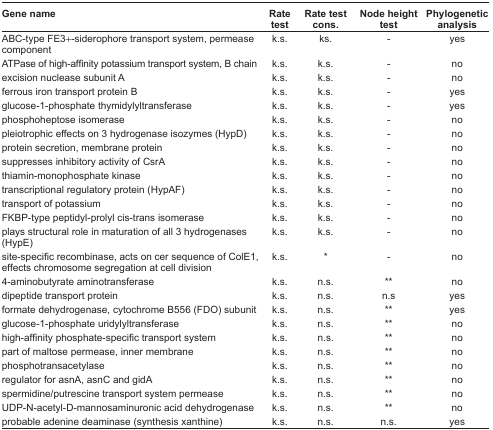
<table><thead><tr><td><b>Gene name</b></td><td><b>Rate test</b></td><td><b>Rate test cons.</b></td><td><b>Node height test</b></td><td><b>Phylogenetic analysis</b></td></tr></thead><tbody><tr><td>ABC-type FE3+-siderophore transport system, permease component</td><td>k.s.</td><td>ks.</td><td>-</td><td>yes</td></tr><tr><td>ATPase of high-affinity potassium transport system, B chain</td><td>k.s.</td><td>k.s.</td><td>-</td><td>no</td></tr><tr><td>excision nuclease subunit A</td><td>k.s.</td><td>k.s.</td><td>-</td><td>no</td></tr><tr><td>ferrous iron transport protein B</td><td>k.s.</td><td>k.s.</td><td>-</td><td>yes</td></tr><tr><td>glucose-1-phosphate thymidylyltransferase</td><td>k.s.</td><td>k.s.</td><td>-</td><td>yes</td></tr><tr><td>phosphoheptose isomerase</td><td>k.s.</td><td>k.s.</td><td>-</td><td>no</td></tr><tr><td>pleiotrophic effects on 3 hydrogenase isozymes (HypD)</td><td>k.s.</td><td>k.s.</td><td>-</td><td>no</td></tr><tr><td>protein secretion, membrane protein</td><td>k.s.</td><td>k.s.</td><td>-</td><td>no</td></tr><tr><td>suppresses inhibitory activity of CsrA</td><td>k.s.</td><td>k.s.</td><td>-</td><td>no</td></tr><tr><td>thiamin-monophosphate kinase</td><td>k.s.</td><td>k.s.</td><td>-</td><td>no</td></tr><tr><td>transcriptional regulatory protein (HypAF)</td><td>k.s.</td><td>k.s.</td><td>-</td><td>no</td></tr><tr><td>transport of potassium</td><td>k.s.</td><td>k.s.</td><td>-</td><td>no</td></tr><tr><td>FKBP-type peptidyl-prolyl cis-trans isomerase</td><td>k.s.</td><td>k.s.</td><td>-</td><td>no</td></tr><tr><td>plays structural role in maturation of all 3 hydrogenases (HypE)</td><td>k.s.</td><td>k.s.</td><td>-</td><td>no</td></tr><tr><td>site-specific recombinase, acts on cer sequence of ColE1, effects chromosome segregation at cell division</td><td>k.s.</td><td>*</td><td>-</td><td>no</td></tr><tr><td>4-aminobutyrate aminotransferase</td><td>k.s.</td><td>n.s.</td><td>**</td><td>no</td></tr><tr><td>dipeptide transport protein</td><td>k.s.</td><td>n.s.</td><td>n.s</td><td>yes</td></tr><tr><td>formate dehydrogenase, cytochrome B556 (FDO) subunit</td><td>k.s.</td><td>n.s.</td><td>**</td><td>yes</td></tr><tr><td>glucose-1-phosphate uridylyltransferase</td><td>k.s.</td><td>n.s.</td><td>**</td><td>no</td></tr><tr><td>high-affinity phosphate-specific transport system</td><td>k.s.</td><td>n.s.</td><td>**</td><td>no</td></tr><tr><td>part of maltose permease, inner membrane</td><td>k.s.</td><td>n.s.</td><td>**</td><td>no</td></tr><tr><td>phosphotransacetylase</td><td>k.s.</td><td>n.s.</td><td>**</td><td>no</td></tr><tr><td>regulator for asnA, asnC and gidA</td><td>k.s.</td><td>n.s.</td><td>**</td><td>no</td></tr><tr><td>spermidine/putrescine transport system permease</td><td>k.s.</td><td>n.s.</td><td>**</td><td>no</td></tr><tr><td>UDP-N-acetyl-D-mannosaminuronic acid dehydrogenase</td><td>k.s.</td><td>n.s.</td><td>**</td><td>no</td></tr><tr><td>probable adenine deaminase (synthesis xanthine)</td><td>k.s.</td><td>n.s.</td><td>n.s.</td><td>yes</td></tr></tbody></table>